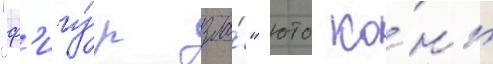
"ф'игу́р зла́" юто ко́нь